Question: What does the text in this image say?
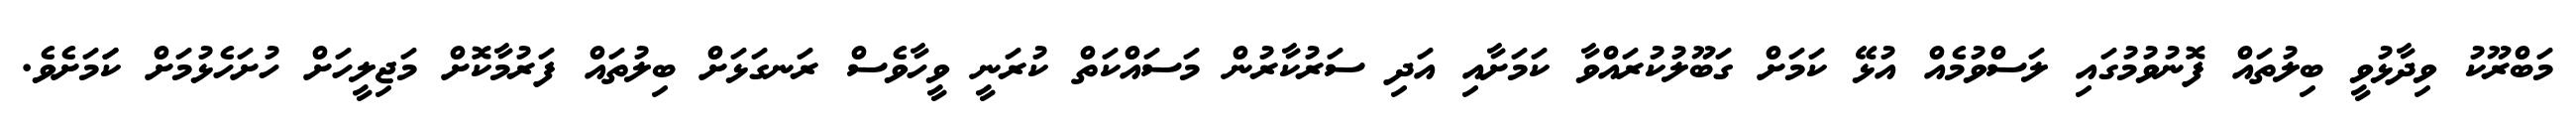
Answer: މަބްރޫކު ވިދާޅުވީ ބިލުތައް ފޮނުވުމުގައި ލަސްވުމެއް އުޅޭ ކަމަށް ގަބޫލުކުރައްވާ ކަމަށާއި އަދި ސަރުކާރުން މަސައްކަތް ކުރަނީ ވީހާވެސް ރަނގަޅަށް ބިލުތައް ފަރުމާކޮށް މަޖިލީހަށް ހުށަހެޅުމަށް ކަަމަށެވެ.